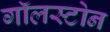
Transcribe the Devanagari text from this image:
गॉलस्टोन